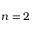
n = 2